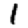
Digit: 1